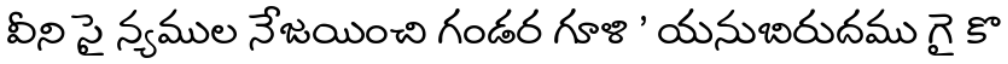
వీని సై న్యముల నేజయించి గండర గూళి ' యనుబిరుదము గై కొ